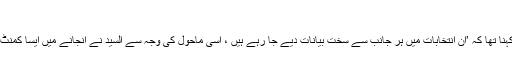
‘
ان کا مزید کہنا تھا کہ ’ان انتخابات میں ہر جانب سے سخت بیانات دیے جا رہے ہیں ، اسی ماحول کی وجہ سے السید نے انجانے میں ایسا کمنٹ لکھ دیا تھا۔